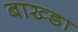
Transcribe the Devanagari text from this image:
बाख्डा